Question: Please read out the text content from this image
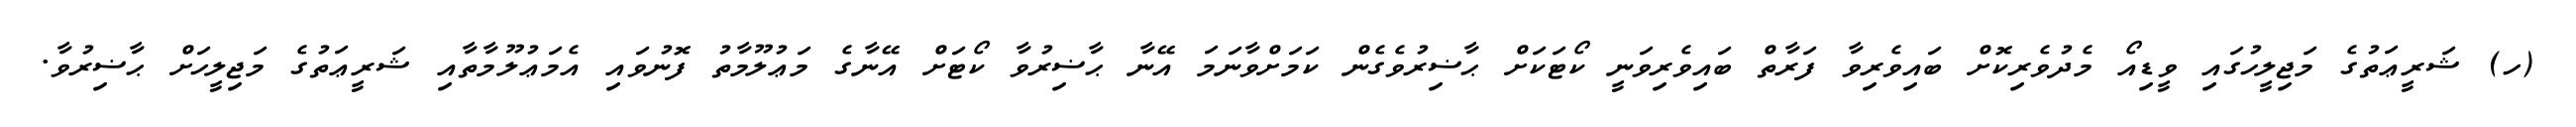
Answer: (ހ) ޝަރީޢަތުގެ މަޖިލީހުގައި ވީޑިއޯ މެދުވެރިކޮށް ބައިވެރިވާ ފަރާތް ބައިވެރިވަނީ ކޯޓަކަށް ޙާޟިރުވެގެން ކަމަށްވާނަމަ އޭނާ ޙާޟިރުވާ ކޯޓަށް އޭނާގެ މަޢުލޫމާތު ފޮނުވައި އެމަޢުލޫމާތާއި ޝަރީޢަތުގެ މަޖިލީހަށް ޙާޟިރުވާ.